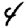
Digit: 4